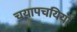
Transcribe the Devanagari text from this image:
चयापचयियों